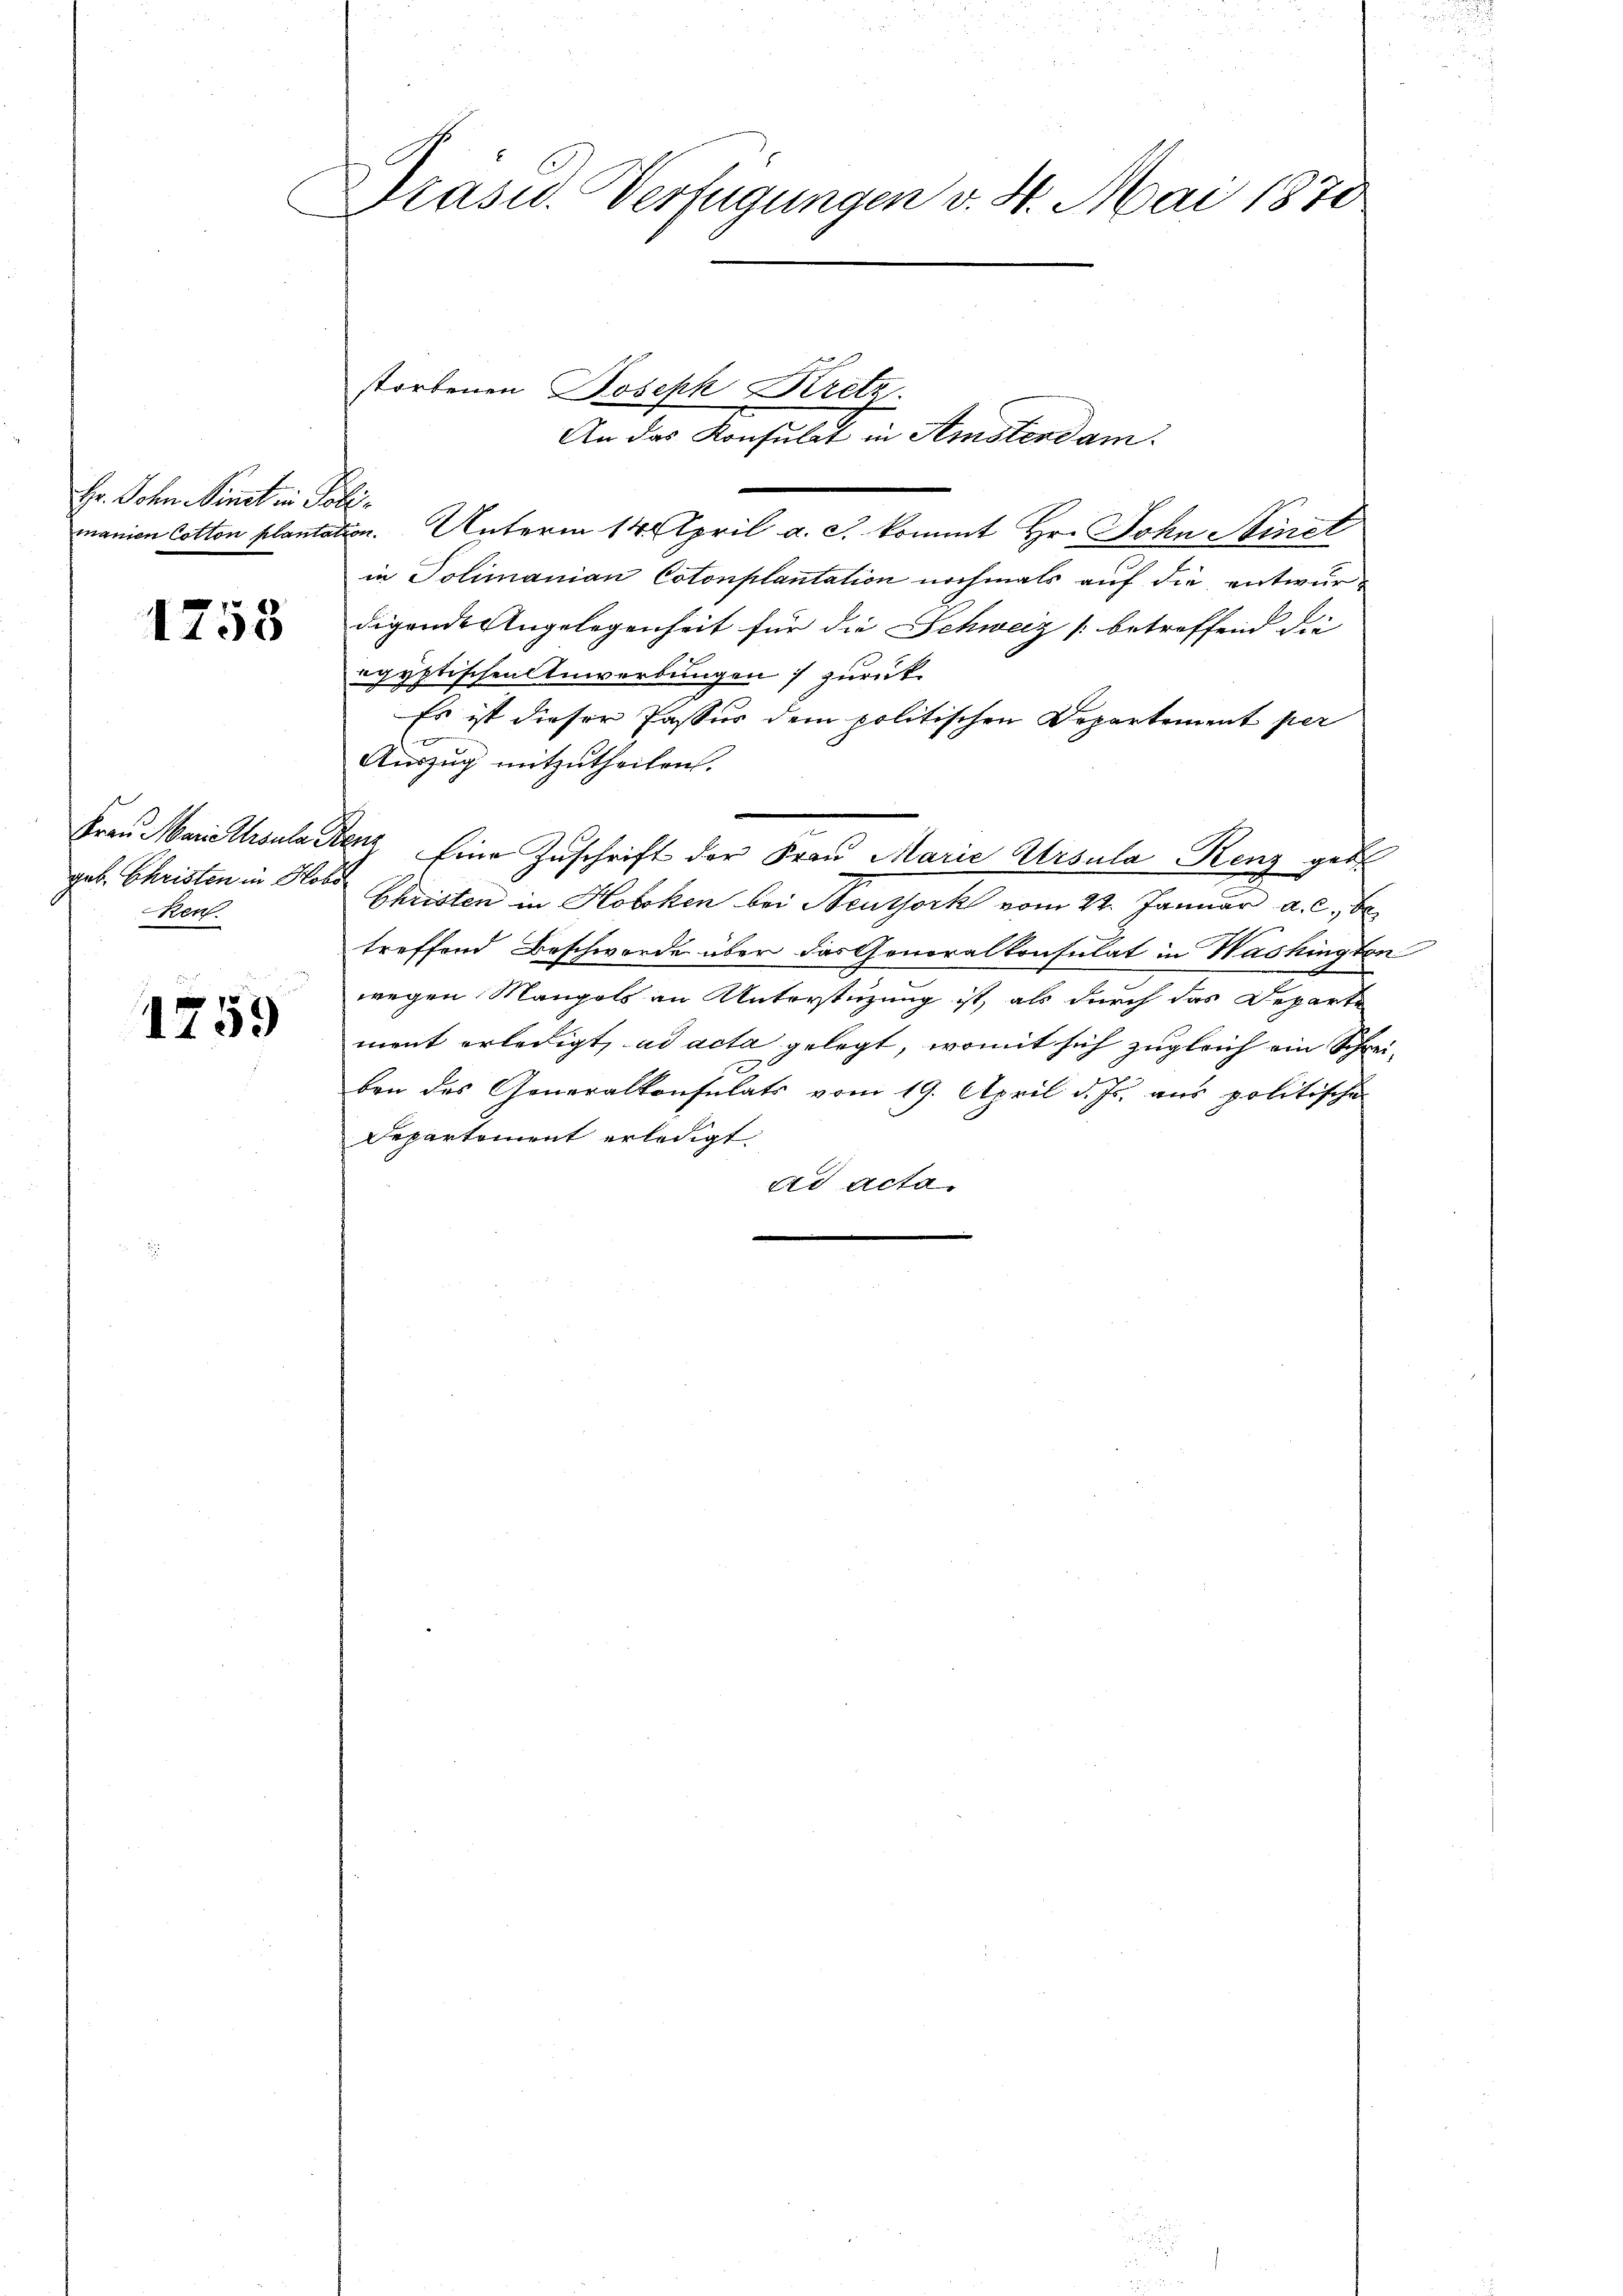
Hr. Sohn Nimmt in Poli-

1758

en.

1759

Präsid. Verfügungen v. 4. Mai 1870

manien Cotton plantation. Unterm 14. April a. c. kommt Hr. John Stinct
in Polimanian Cotonplantation nochmals auf die entwurdigende Angelegenheit für die Schweiz (betreffend die
egyptischen Anwerbungen zurück.
Es ist dieser Passus dem politischen Departement per
Auszug mitzutheilen.
Frau Mariellrsuladenz Eine Zuschrift der Frau Marie Ursula Renz geb.
geb. Christen in Note Christen in Hoboken bei Neuthork vom 22. Januar a. c. be
h
treffend Beschwerde über das Gonoralkonsulat in Washington
wegen Mangels an Unterstüzung ist, als durch das Departe
ment erledigt, ad acta gelegt, womit sich zugleich ein Schrei-
ben des Generalkonsulats vom 19. April d. Js. aus politische
Departement erledigt.
ad acta

storbenen Joseph Kretz.
An das Konsulat in Amsterdam.